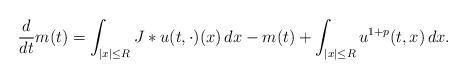
LaTeX: \begin{align*}\frac{d}{dt}m(t)=\int _{\vert x\vert \leq R} J*u(t,\cdot)(x) \, dx-m(t)+\int_{\vert x\vert \leq R} u ^{1+p}(t,x)\, dx.\end{align*}